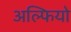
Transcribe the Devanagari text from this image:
अल्फियो